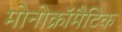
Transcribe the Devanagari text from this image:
मोनोक्रॉमैटिक